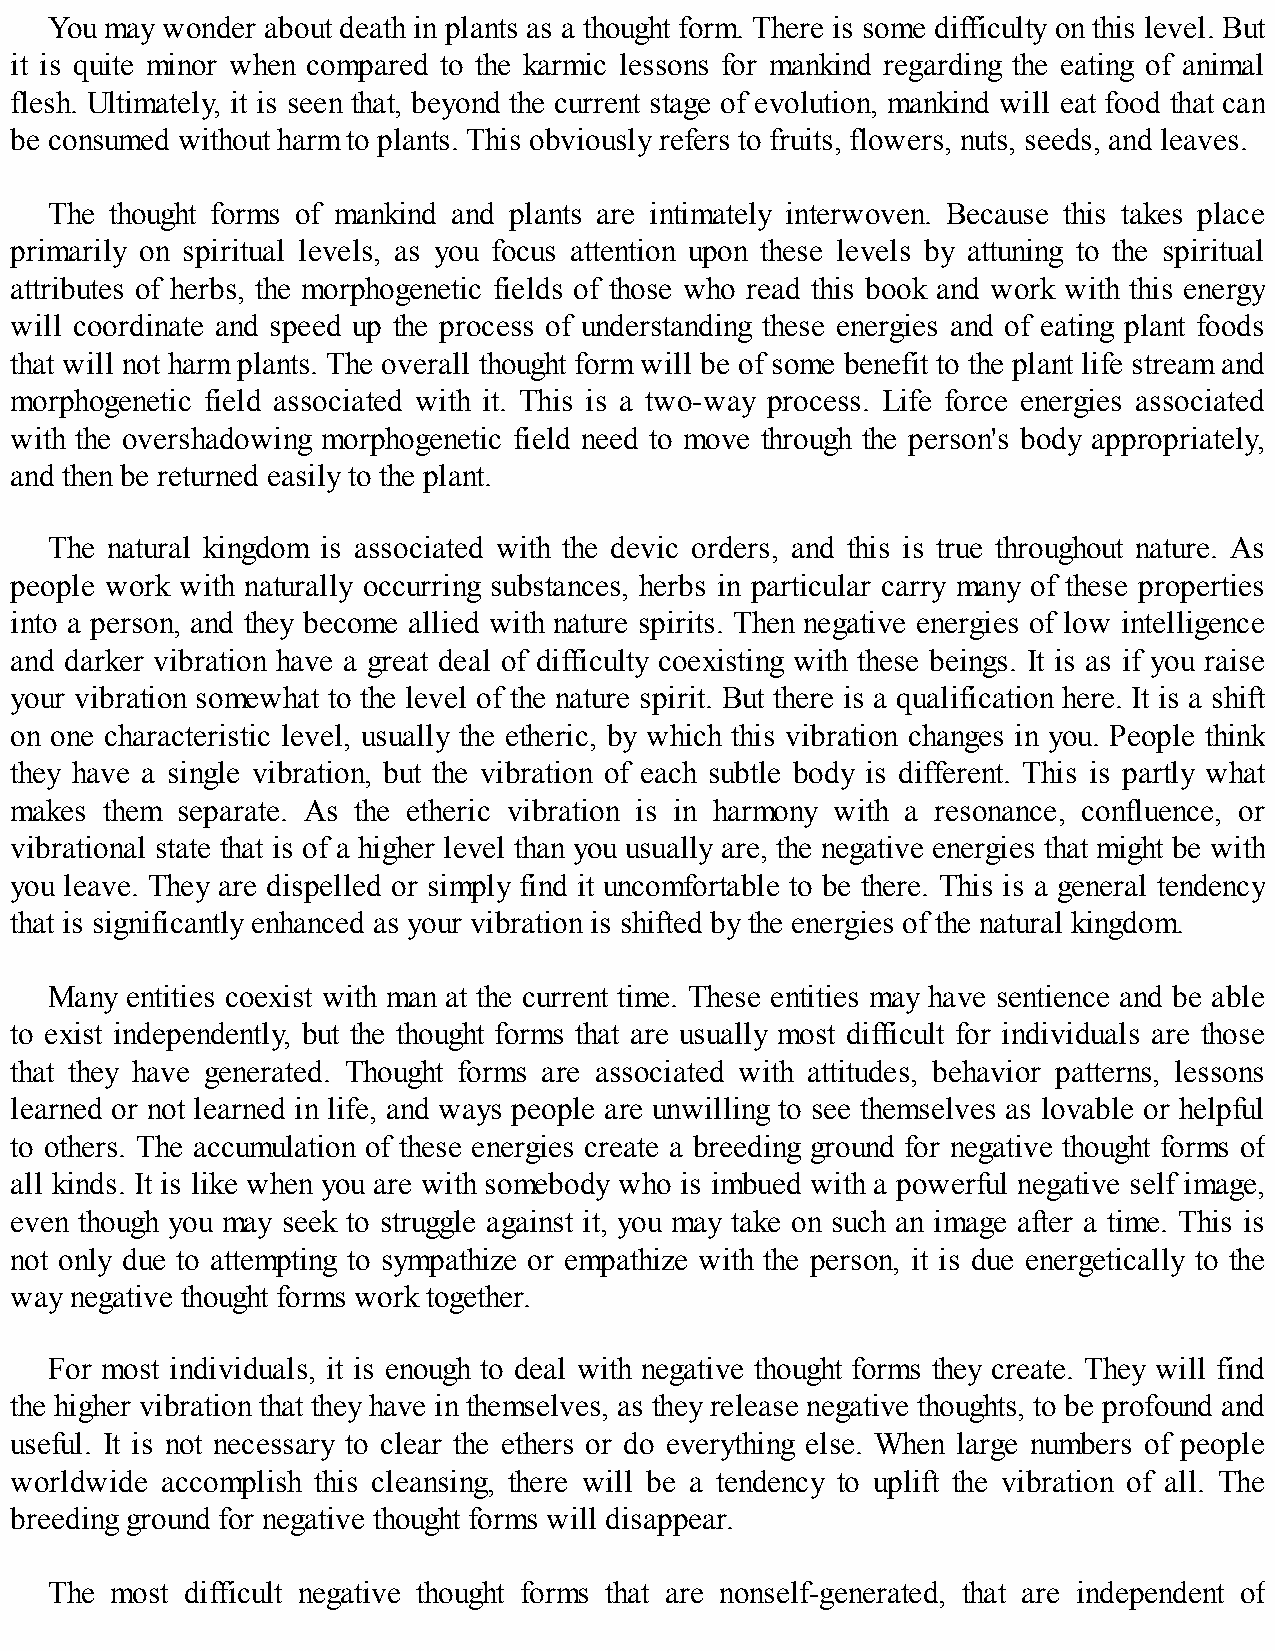
You may wonder about death in plants as a thought form. There is some difficulty on this level. But
 it is quite minor when compared to the karmic lessons for mankind regarding the eating of animal
 flesh. Ultimately, it is seen that, beyond the current stage of evolution, mankind will eat food that can
 be consumed without harm to plants. This obviously refers to fruits, flowers, nuts, seeds, and leaves.
 The thought forms of mankind and plants are intimately interwoven. Because this takes place
 primarily on spiritual levels, as you focus attention upon these levels by attuning to the spiritual
 attributes of herbs, the morphogenetic fields of those who read this book and work with this energy
 will coordinate and speed up the process of understanding these energies and of eating plant foods
 that will not harm plants. The overall thought form will be of some benefit to the plant life stream and
 morphogenetic field associated with it. This is a two-way process. Life force energies associated
 with the overshadowing morphogenetic field need to move through the person's body appropriately,
 and then be returned easily to the plant.
 The natural kingdom is associated with the devic orders, and this is true throughout nature. As
 people work with naturally occurring substances, herbs in particular carry many of these properties
 into a person, and they become allied with nature spirits. Then negative energies of low intelligence
 and darker vibration have a great deal of difficulty coexisting with these beings. It is as if you raise
 your vibration somewhat to the level of the nature spirit. But there is a qualification here. It is a shift
 on one characteristic level, usually the etheric, by which this vibration changes in you. People think
 they have a single vibration, but the vibration of each subtle body is different. This is partly what
 makes them separate. As the etheric vibration is in harmony with a resonance, confluence, or
 vibrational state that is of a higher level than you usually are, the negative energies that might be with
 you leave. They are dispelled or simply find it uncomfortable to be there. This is a general tendency
 that is significantly enhanced as your vibration is shifted by the energies of the natural kingdom.
 Many entities coexist with man at the current time. These entities may have sentience and be able
 to exist independently, but the thought forms that are usually most difficult for individuals are those
 that they have generated. Thought forms are associated with attitudes, behavior patterns, lessons
 learned or not learned in life, and ways people are unwilling to see themselves as lovable or helpful
 to others. The accumulation of these energies create a breeding ground for negative thought forms of
 all kinds. It is like when you are with somebody who is imbued with a powerful negative self image,
 even though you may seek to struggle against it, you may take on such an image after a time. This is
 not only due to attempting to sympathize or empathize with the person, it is due energetically to the
 way negative thought forms work together.
 For most individuals, it is enough to deal with negative thought forms they create. They will find
 the higher vibration that they have in themselves, as they release negative thoughts, to be profound and
 useful. It is not necessary to clear the ethers or do everything else. When large numbers of people
 worldwide accomplish this cleansing, there will be a tendency to uplift the vibration of all. The
 breeding ground for negative thought forms will disappear.
 The most difficult negative thought forms that are nonself-generated, that are independent of